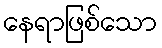
နေရာဖြစ်သော